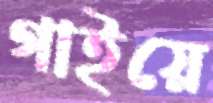
গাইয়ে